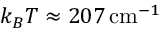
k _ { B } T \approx 2 0 7 \, \mathrm { c m } ^ { - 1 }